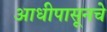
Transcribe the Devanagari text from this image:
आधीपासूनचे